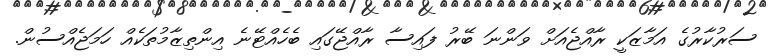
ސަރުކާރުގެ އަމާޒަކީ ރާއްޖެއަށް ވަންނަ ބޭރު ފައިސާ ރާއްޖޭގައި ބެހެއްޓޭނެ އިންތިޒާމުތަކެއް ހަމަޖެއްސުން.